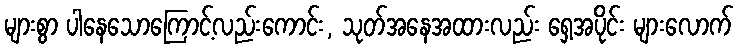
များစွာ ပါနေသောကြောင့်လည်းကောင်း, သုတ်အနေအထားလည်း ရှေ့အပိုင်း များလောက်